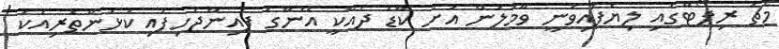
މެޗު ރިޕޯޓްގައި ލިޔެފައިވަނީ ވާމަލަން އަށް ކާޑު ދެއްކީ އޭނާގެ ފައިންޖެހިފައި ކުޅުންތެރިއަކު